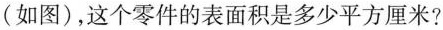
(如图)，这个零件的表面积是多少平方厘米？